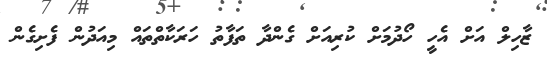
ޒާހިލް އަށް އެހީ ހޯދުމަށް ކުރިއަށް ގެންދާ ތަފާތު ހަރަކާތްތައް މިއަދުން ފެށިގެން